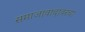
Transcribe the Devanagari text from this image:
समाजावादावरचा